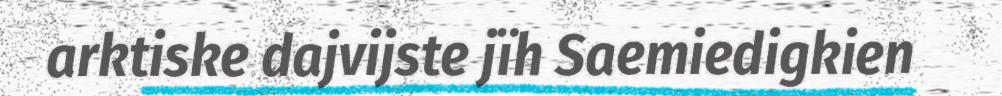
arktiske dajvijste jïh Saemiedigkien